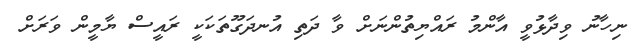
ނިހާނު ވިދާޅުވީ އާންމު ރައްޔިތުންނަށް ވާ ދަތި އުނދަގޫތަކަކީ ރައީސް ޔާމީން ވަރަށް